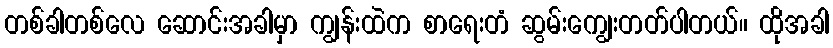
တစ်ခါတစ်လေ ဆောင်းအခါမှာ ကျွန်းထဲက စာရေးတံ ဆွမ်းကျွေးတတ်ပါတယ်။ ထိုအခါ